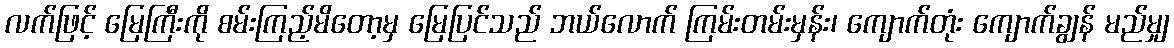
လက်ဖြင့် မြေကြီးကို စမ်းကြည့်မိတော့မှ မြေပြင်သည် ဘယ်လောက် ကြမ်းတမ်းမှန်း၊ ကျောက်တုံး ကျောက်ချွန် မည်မျှ